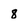
Character: 8